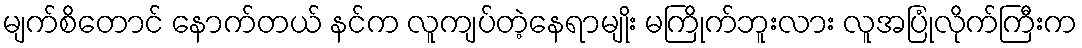
မျက်စိတောင် နောက်တယ် နင်က လူကျပ်တဲ့နေရာမျိုး မကြိုက်ဘူးလား လူအပြုံလိုက်ကြီးက